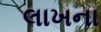
લાખના